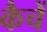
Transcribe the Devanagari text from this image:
कैचें